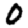
Digit: 0